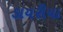
ડાયરીયા